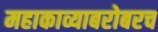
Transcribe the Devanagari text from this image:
महाकाव्याबरोबरच